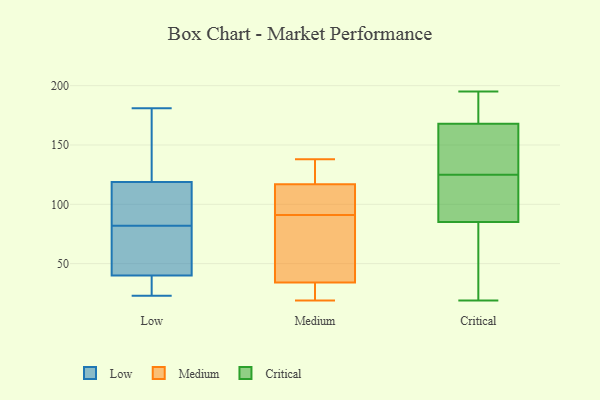
{"axis": {"x": "Waste Production (Tons)", "y": "Value"}, "legend": ["Critical", "Low", "Medium"], "data": [{"x": "", "y": 28, "type": "Low"}, {"x": "", "y": 156, "type": "Low"}, {"x": "", "y": 102, "type": "Low"}, {"x": "", "y": 57, "type": "Low"}, {"x": "", "y": 23, "type": "Low"}, {"x": "", "y": 127, "type": "Low"}, {"x": "", "y": 181, "type": "Low"}, {"x": "", "y": 49, "type": "Low"}, {"x": "", "y": 86, "type": "Low"}, {"x": "", "y": 82, "type": "Low"}, {"x": "", "y": 119, "type": "Low"}, {"x": "", "y": 56, "type": "Low"}, {"x": "", "y": 35, "type": "Low"}, {"x": "", "y": 118, "type": "Low"}, {"x": "", "y": 37, "type": "Low"}, {"x": "", "y": 19, "type": "Medium"}, {"x": "", "y": 30, "type": "Medium"}, {"x": "", "y": 34, "type": "Medium"}, {"x": "", "y": 97, "type": "Medium"}, {"x": "", "y": 104, "type": "Medium"}, {"x": "", "y": 117, "type": "Medium"}, {"x": "", "y": 70, "type": "Medium"}, {"x": "", "y": 85, "type": "Medium"}, {"x": "", "y": 138, "type": "Medium"}, {"x": "", "y": 128, "type": "Medium"}, {"x": "", "y": 119, "type": "Critical"}, {"x": "", "y": 85, "type": "Critical"}, {"x": "", "y": 65, "type": "Critical"}, {"x": "", "y": 165, "type": "Critical"}, {"x": "", "y": 146, "type": "Critical"}, {"x": "", "y": 85, "type": "Critical"}, {"x": "", "y": 122, "type": "Critical"}, {"x": "", "y": 195, "type": "Critical"}, {"x": "", "y": 140, "type": "Critical"}, {"x": "", "y": 95, "type": "Critical"}, {"x": "", "y": 171, "type": "Critical"}, {"x": "", "y": 33, "type": "Critical"}, {"x": "", "y": 195, "type": "Critical"}, {"x": "", "y": 19, "type": "Critical"}, {"x": "", "y": 128, "type": "Critical"}, {"x": "", "y": 172, "type": "Critical"}]}